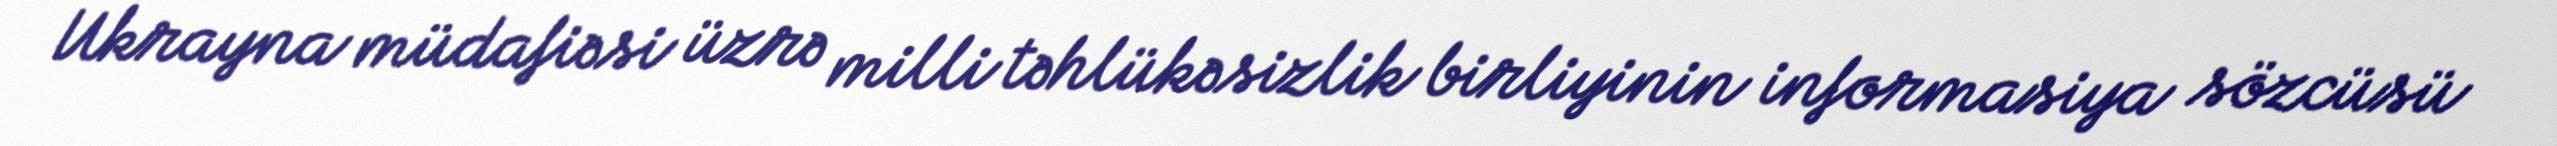
Ukrayna müdafiəsi üzrə milli təhlükəsizlik birliyinin informasiya sözcüsü